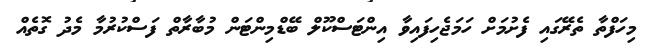
މިހަފްތާ ތެރޭގައި ފެށުމަށް ހަމަޖެހިފައިވާ އިންޓަސްކޫލް ބޭޑްމިންޓަން މުބާރާތް ފަސްކުރުމާ މެދު ގޮތެއް